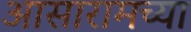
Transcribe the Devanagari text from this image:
आसारामच्या